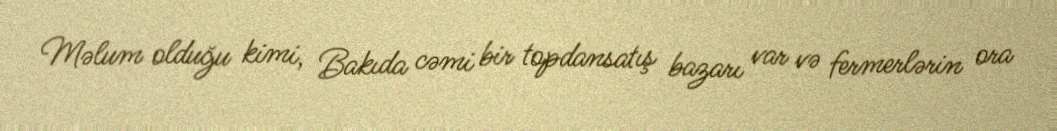
Məlum olduğu kimi, Bakıda cəmi bir topdansatış bazarı var və fermerlərin ora